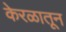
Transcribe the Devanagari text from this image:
केरळातून